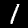
Label: 1